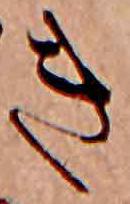
き